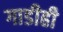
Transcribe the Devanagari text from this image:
गाडीही